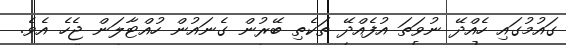
ގައުމުގައި ހެއްދޭ ނުވަތަ އުފެއްދޭ ތަކެތި ބޭރުން ގެނައުން ހުއްޓާލަން ޖެހެ އެވެ.